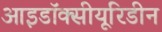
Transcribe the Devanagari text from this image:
आइडॉक्सीयूरिडीन